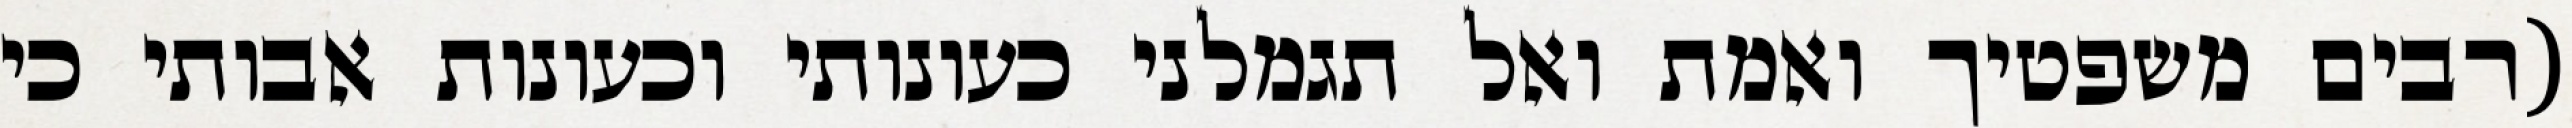
(רבים משפטיך ואמת ואל תגמלני כעונותי וכעונות אבותי כי